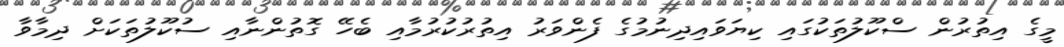
މީގެ އިތުރުން ސްކޫލުތަކުގައި ކިޔަވައިދިނުމުގެ ފެންވަރު އިތުރުކުރުމާއި ބެހޭ ގޮތުންނާއި ސުކޫލުތަކަށް ދިމާވާ